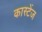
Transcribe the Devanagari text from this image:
कास्टेंज